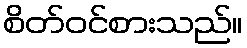
စိတ်ဝင်စားသည်။